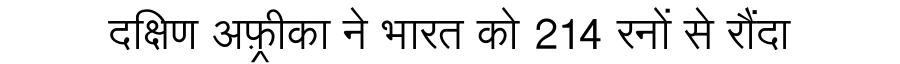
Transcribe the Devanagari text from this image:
दक्षिण अफ़्रीका ने भारत को 214 रनों से रौंदा